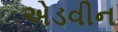
એડવીન